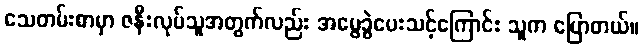
သေတမ်းစာမှာ ဇနီးလုပ်သူအတွက်လည်း အမွေခွဲပေးသင့်ကြောင်း သူက ပြောတယ်။